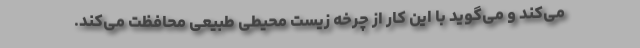
می‌کند و می‌گوید با این کار از چرخه زیست محیطی طبیعی محافظت می‌کند.